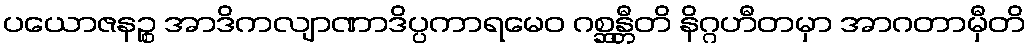
ပယောဇနဉ္စ အာဒိကလျာဏာဒိပ္ပကာရမေဝ ဂစ္ဆန္တီတိ နိဂ္ဂဟီတမှာ အာဂတာမှီတိ